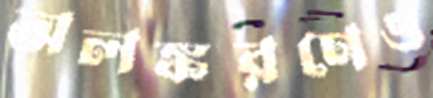
অলঙ্করণেও